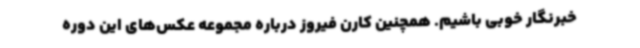
خبرنگار خوبی باشیم. همچنین کارن فیروز درباره مجموعه عکس‌های این دوره